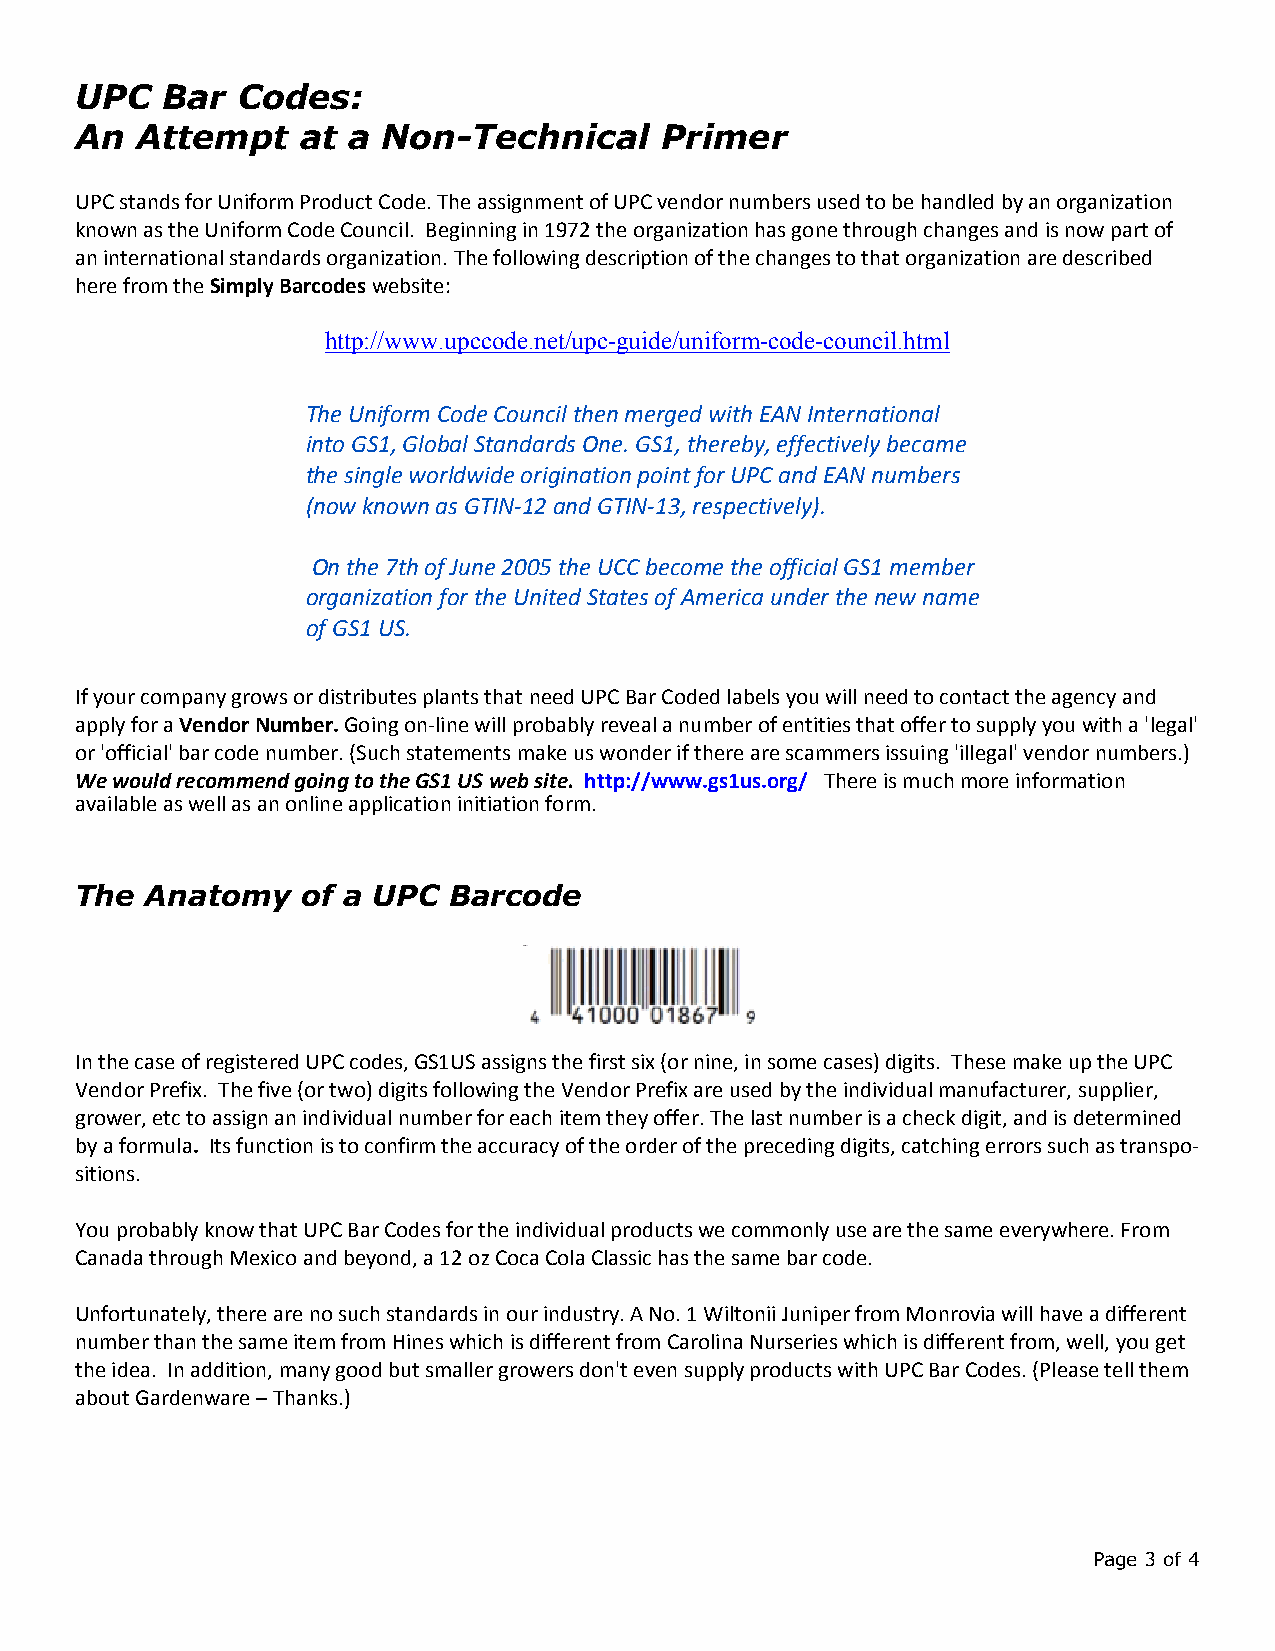
UPC   Bar  Codes:
 An  Attempt    at a Non-Technical      Primer
 UPC stands for Uniform Product Code. The assignment of UPC vendor numbers used to be handled by an organization
 known as the Uniform Code Council. Beginning in 1972 the organization has gone through changes and is now part of
 an international standards organization. The following description of the changes to that organization are described
 here from theSimply Barcodes website:
 http://www.upccode.net/upc-guide/uniform-code-council.html
 The Uniform Code Council then merged with EAN International
 into GS1, Global Standards One. GS1, thereby, effectively became
 the single worldwide origination point for UPC and EAN numbers
 (now known as GTIN-12 and GTIN-13, respectively).
 On the 7th of June 2005 the UCC become the official GS1 member
 organization for the United States of America under the new name
 of GS1 US.
 If your company grows or distributes plants that need UPC Bar Coded labels you will need to contact the agency and
 apply for aVendor Number.Going on-line will probably reveal a number of entities that offer to supply you with a 'legal'
 or 'official' bar code number. (Such statements make us wonder if there are scammers issuing 'illegal' vendor numbers.)
 We would recommend going to the GS1 US web site. http://www.gs1us.org/ There is much more information
 available as well as an online application initiation form.
 The  Anatomy   of a UPC  Barcode
 In the case of registered UPC codes, GS1US assigns the first six (or nine, in some cases) digits. These make up the UPC
 Vendor Prefix. The five (or two) digits following the Vendor Prefix are used by the individual manufacturer, supplier,
 grower, etc to assign an individual number for each item they offer. The last number is a check digit, and is determined
 by a formula. Its function is to confirm the accuracy of the order of the preceding digits, catching errors such as transpo-
 sitions.
 You probably know that UPC Bar Codes for the individual products we commonly use are the same everywhere. From
 Canada through Mexico and beyond, a 12 oz Coca Cola Classic has the same bar code.
 Unfortunately, there are no such standards in our industry. A No. 1 Wiltonii Juniper from Monrovia will have a different
 number than the same item from Hines which is different from Carolina Nurseries which is different from, well, you get
 the idea. In addition, many good but smaller growers don't even supply products with UPC Bar Codes. (Please tell them
 about Gardenware – Thanks.)
 Page 3 of 4